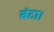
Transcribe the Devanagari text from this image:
बंटा।